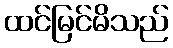
ထင်မြင်မိသည်